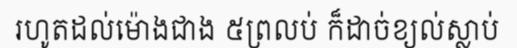
រហូតដល់ម៉ោងជាង ៥ព្រលប់ ក៏ដាច់ខ្យល់ស្លាប់